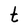
Character: t